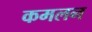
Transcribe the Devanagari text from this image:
कमलन